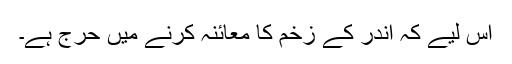
اس لیے کہ اندر کے زخم کا معائنہ کرنے میں حرج ہے۔